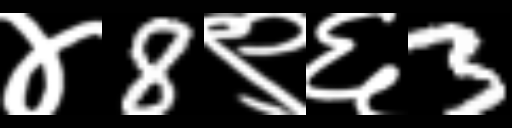
Text: ४8९६3